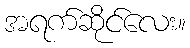
အရက်ဆိုင်လေး။